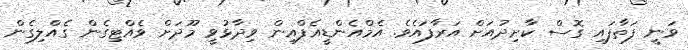
ވަނީ ފަތާފައި ގޮސް ކާށިދުއަށް އަރާފައެވެ. އެމްއެންޑީއެފްއިން ވިދާޅުވީ މޫދަށް ވެއްޓިގެން ގެއްލިގެން